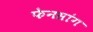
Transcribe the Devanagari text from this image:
फेनसांग